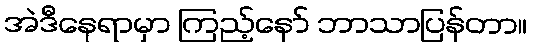
အဲဒီနေရာမှာ ကြည့်နော် ဘာသာပြန်တာ။